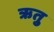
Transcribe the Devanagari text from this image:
ऋतुु